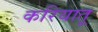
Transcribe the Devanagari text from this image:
करियातू